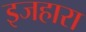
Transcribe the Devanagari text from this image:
इजहारा